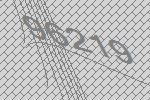
96219